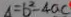
\Delta = b ^ { 2 } - 4 a c